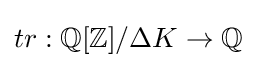
tr:\mathbb {Q} [\mathbb {Z} ]/\Delta K\to \mathbb {Q}